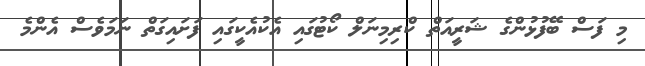
މި ފަސް ބޭފުޅުންގެ ޝަރީއަތް ކްރިމިނަލް ކޯޓުގައި އެކުއެކީގައި ފަށައިގަތް ނަމަވެސް އެންމެ